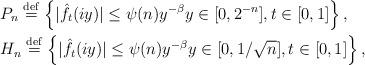
LaTeX: \begin{align*}&P_{n} \overset{\mathrm{def}}{=} \left\{|\hat{f}_{t}(iy)|\le \psi(n)y^{-\beta} y\in[0, 2^{-n}], t\in[0,1] \right\},\\&H_{n} \overset{\mathrm{def}}{=} \left\{|\hat{f}_{t}(iy)|\le \psi(n)y^{-\beta} y\in[0, 1/\sqrt{n}], t\in[0,1] \right\}, \end{align*}